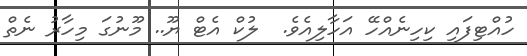
ހުއްޓިފައި ކިހިނެއްހޭ އަހާލިއެވެ.  ލުކް އެޓް ޔޫ.. މޫނުގަ މިހާރު ނެތް